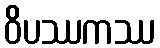
ဝိပဿကဿ